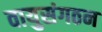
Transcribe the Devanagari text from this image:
वायुसंगठन